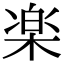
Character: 楽